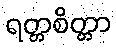
ရတ္တစိတ္တာ